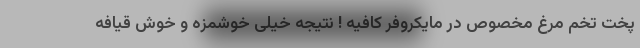
پخت تخم مرغ مخصوص در مایکروفر کافیه ! نتیجه خیلی خوشمزه و خوش قیافه